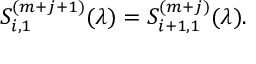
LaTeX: S _ { i , 1 } ^ { ( m + j + 1 ) } ( \lambda ) = S _ { i + 1 , 1 } ^ { ( m + j ) } ( \lambda ) .